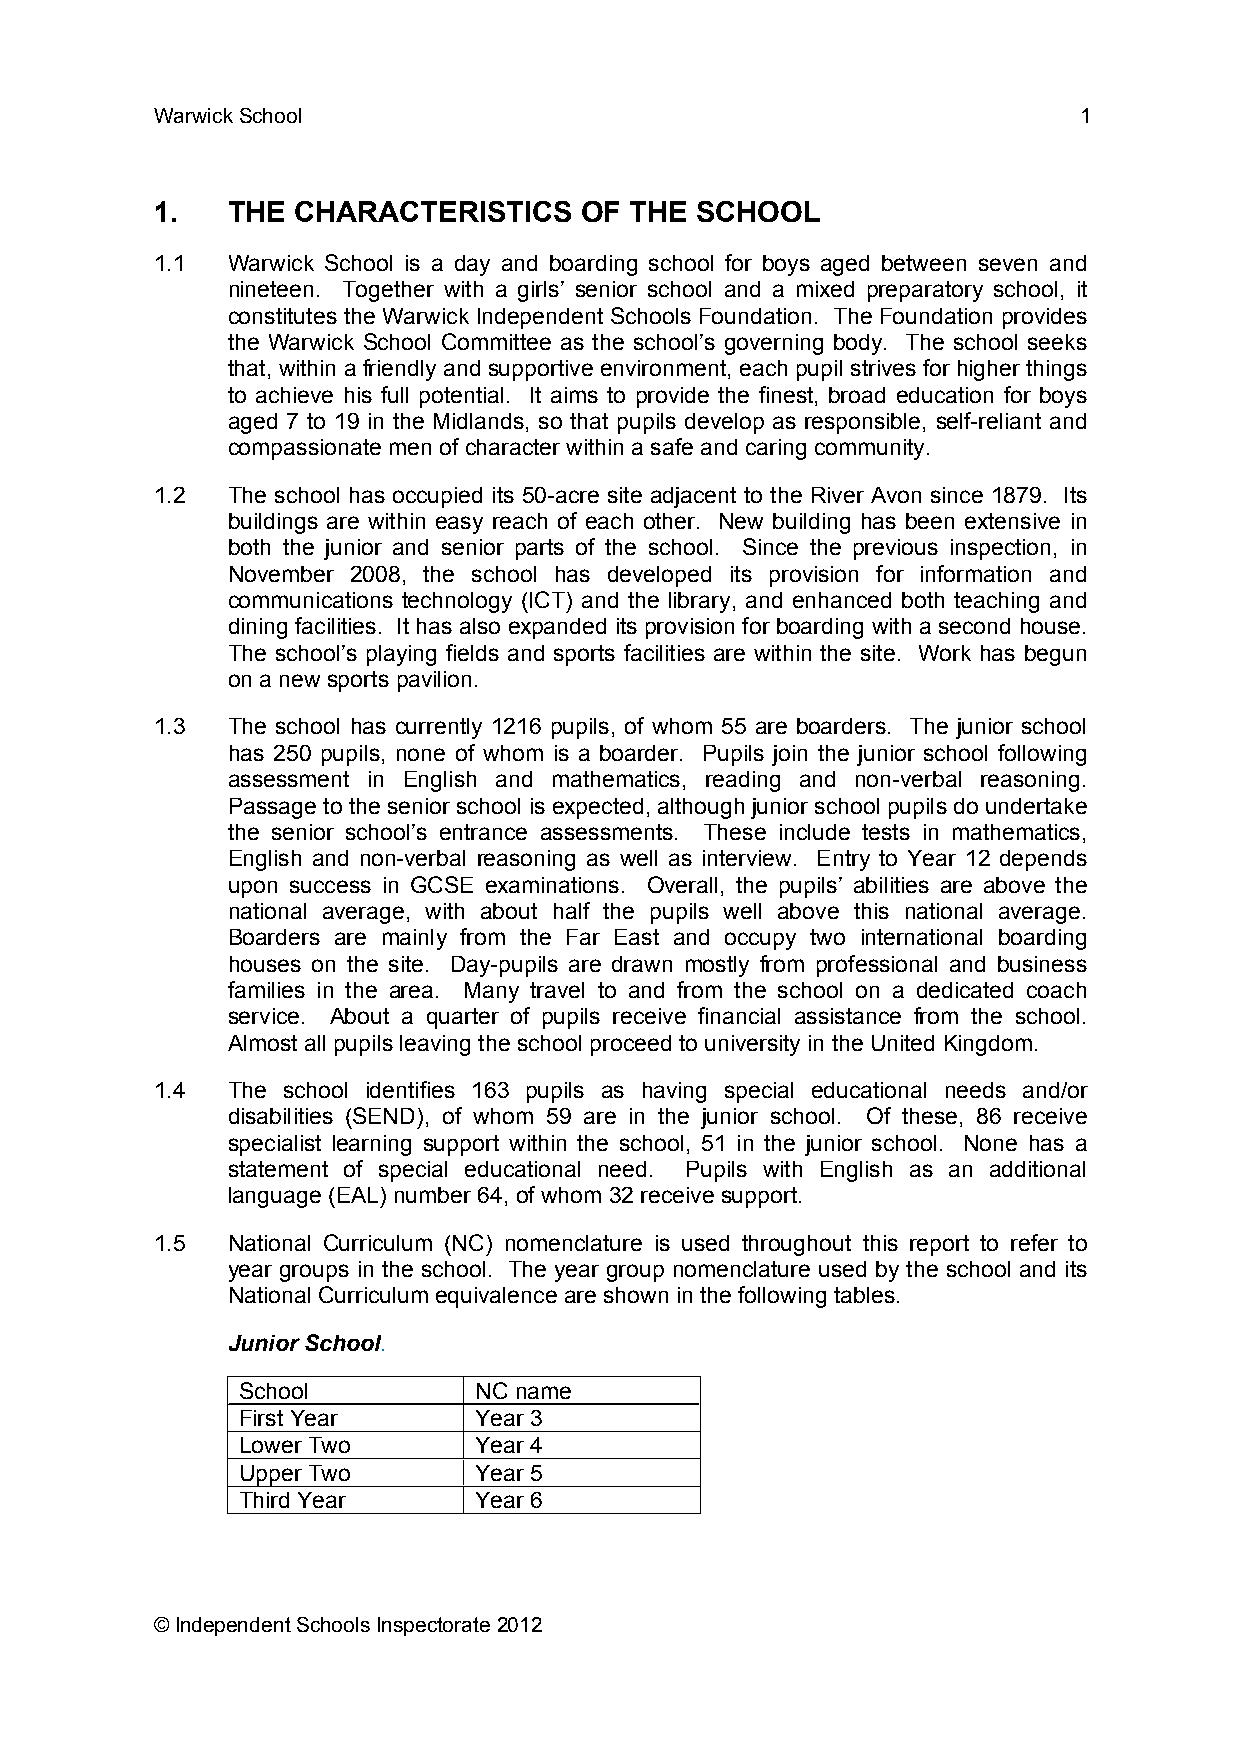
Warwick School                                               1
 1.   THE CHARACTERISTICS    OF  THE SCHOOL
 1.1  Warwick School is a day and boarding school for boys aged between seven and
 nineteen. Together with a girls’ senior school and a mixed preparatory school, it
 constitutes the Warwick Independent Schools Foundation. The Foundation provides
 the Warwick School Committee as the school’s governing body. The school seeks
 that, within a friendly and supportive environment, each pupil strives for higher things
 to achieve his full potential. It aims to provide the finest, broad education for boys
 aged 7 to 19 in the Midlands, so that pupils develop as responsible, self-reliant and
 compassionate men of character within a safe and caring community.
 1.2  The school has occupied its 50-acre site adjacent to the River Avon since 1879. Its
 buildings are within easy reach of each other. New building has been extensive in
 both the junior and senior parts of the school. Since the previous inspection, in
 November 2008, the school has developed its provision for information and
 communications technology (ICT) and the library, and enhanced both teaching and
 dining facilities. It has also expanded its provision for boarding with a second house.
 The school’s playing fields and sports facilities are within the site. Work has begun
 on a new sports pavilion.
 1.3  The school has currently 1216 pupils, of whom 55 are boarders. The junior school
 has 250 pupils, none of whom is a boarder. Pupils join the junior school following
 assessment in English and mathematics, reading and non-verbal reasoning.
 Passage to the senior school is expected, although junior school pupils do undertake
 the senior school’s entrance assessments. These include tests in mathematics,
 English and non-verbal reasoning as well as interview. Entry to Year 12 depends
 upon success in GCSE examinations. Overall, the pupils’ abilities are above the
 national average, with about half the pupils well above this national average.
 Boarders are mainly from the Far East and occupy two international boarding
 houses on the site. Day-pupils are drawn mostly from professional and business
 families in the area. Many travel to and from the school on a dedicated coach
 service. About a quarter of pupils receive financial assistance from the school.
 Almost all pupils leaving the school proceed to university in the United Kingdom.
 1.4  The school identifies 163 pupils as having special educational needs and/or
 disabilities (SEND), of whom 59 are in the junior school. Of these, 86 receive
 specialist learning support within the school, 51 in the junior school. None has a
 statement of special educational need. Pupils with English as an additional
 language (EAL) number 64, of whom 32 receive support.
 1.5  National Curriculum (NC) nomenclature is used throughout this report to refer to
 year groups in the school. The year group nomenclature used by the school and its
 National Curriculum equivalence are shown in the following tables.
 Junior School.
 School         NC name
 First Year     Year 3
 Lower Two      Year 4
 Upper Two      Year 5
 Third Year     Year 6
 © Independent Schools Inspectorate 2012